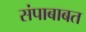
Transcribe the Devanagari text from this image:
संपाबाबत